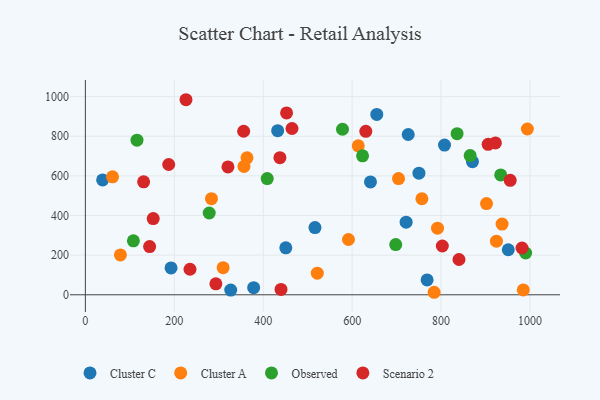
{"axis": {"x": "Engine Size", "y": "Profit"}, "legend": ["Cluster A", "Cluster C", "Observed", "Scenario 2"], "data": [{"x": "750.2", "y": 613.7, "type": "Cluster C"}, {"x": "807.7", "y": 755.3, "type": "Cluster C"}, {"x": "326.9", "y": 23.6, "type": "Cluster C"}, {"x": "655.4", "y": 910.0, "type": "Cluster C"}, {"x": "641.2", "y": 569.4, "type": "Cluster C"}, {"x": "450.8", "y": 237.0, "type": "Cluster C"}, {"x": "516.4", "y": 339.3, "type": "Cluster C"}, {"x": "432.5", "y": 828.2, "type": "Cluster C"}, {"x": "870.6", "y": 671.8, "type": "Cluster C"}, {"x": "768.6", "y": 74.8, "type": "Cluster C"}, {"x": "951.1", "y": 227.3, "type": "Cluster C"}, {"x": "726.1", "y": 808.9, "type": "Cluster C"}, {"x": "378.5", "y": 35.8, "type": "Cluster C"}, {"x": "721.4", "y": 366.6, "type": "Cluster C"}, {"x": "192.7", "y": 135.4, "type": "Cluster C"}, {"x": "38.8", "y": 579.5, "type": "Cluster C"}, {"x": "356.7", "y": 647.9, "type": "Cluster A"}, {"x": "984.9", "y": 24.6, "type": "Cluster A"}, {"x": "283.6", "y": 484.8, "type": "Cluster A"}, {"x": "902.2", "y": 460.3, "type": "Cluster A"}, {"x": "363.5", "y": 691.3, "type": "Cluster A"}, {"x": "994.1", "y": 836.7, "type": "Cluster A"}, {"x": "792.0", "y": 336.3, "type": "Cluster A"}, {"x": "613.7", "y": 751.6, "type": "Cluster A"}, {"x": "78.8", "y": 201.4, "type": "Cluster A"}, {"x": "937.2", "y": 356.7, "type": "Cluster A"}, {"x": "521.6", "y": 109.3, "type": "Cluster A"}, {"x": "704.3", "y": 586.4, "type": "Cluster A"}, {"x": "924.5", "y": 270.8, "type": "Cluster A"}, {"x": "309.8", "y": 136.8, "type": "Cluster A"}, {"x": "61.1", "y": 595.5, "type": "Cluster A"}, {"x": "784.4", "y": 12.7, "type": "Cluster A"}, {"x": "591.7", "y": 279.1, "type": "Cluster A"}, {"x": "756.9", "y": 484.5, "type": "Cluster A"}, {"x": "409.0", "y": 586.6, "type": "Observed"}, {"x": "865.4", "y": 702.4, "type": "Observed"}, {"x": "836.0", "y": 813.2, "type": "Observed"}, {"x": "698.0", "y": 253.6, "type": "Observed"}, {"x": "116.1", "y": 780.1, "type": "Observed"}, {"x": "934.1", "y": 604.8, "type": "Observed"}, {"x": "278.5", "y": 412.8, "type": "Observed"}, {"x": "578.3", "y": 835.4, "type": "Observed"}, {"x": "990.2", "y": 210.8, "type": "Observed"}, {"x": "108.0", "y": 272.3, "type": "Observed"}, {"x": "623.4", "y": 701.1, "type": "Observed"}, {"x": "144.5", "y": 243.4, "type": "Scenario 2"}, {"x": "131.0", "y": 569.8, "type": "Scenario 2"}, {"x": "982.0", "y": 236.1, "type": "Scenario 2"}, {"x": "226.3", "y": 984.3, "type": "Scenario 2"}, {"x": "922.2", "y": 766.1, "type": "Scenario 2"}, {"x": "187.4", "y": 657.5, "type": "Scenario 2"}, {"x": "452.5", "y": 917.7, "type": "Scenario 2"}, {"x": "152.6", "y": 384.5, "type": "Scenario 2"}, {"x": "356.0", "y": 825.2, "type": "Scenario 2"}, {"x": "235.3", "y": 129.0, "type": "Scenario 2"}, {"x": "437.5", "y": 692.1, "type": "Scenario 2"}, {"x": "840.3", "y": 178.0, "type": "Scenario 2"}, {"x": "440.0", "y": 26.9, "type": "Scenario 2"}, {"x": "802.8", "y": 246.1, "type": "Scenario 2"}, {"x": "955.5", "y": 577.6, "type": "Scenario 2"}, {"x": "905.9", "y": 759.3, "type": "Scenario 2"}, {"x": "464.7", "y": 839.0, "type": "Scenario 2"}, {"x": "293.5", "y": 55.3, "type": "Scenario 2"}, {"x": "320.7", "y": 645.3, "type": "Scenario 2"}, {"x": "630.7", "y": 824.6, "type": "Scenario 2"}]}